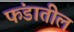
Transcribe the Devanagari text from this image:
फंडातील